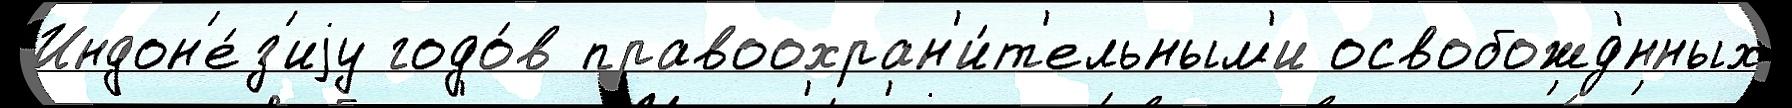
Индон'е́з'иjу годо́в правоохран'и́т'ельным'и освобожд'́нных